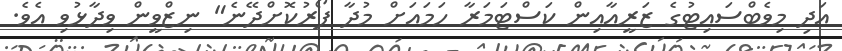
އަދި މިވެބްސައިޓުގެ ޒަރީއާއިން ކަސްޓަމަރާ ހަމައަށް މުދާ ފޯރުކޮށްދޭނެ" ނިޒްވީން ވިދާޅުވި އެވެ.